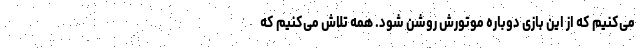
می‌کنیم که از این بازی دوباره موتورش روشن شود. همه تلاش می‌کنیم که